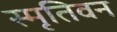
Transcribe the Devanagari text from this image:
स्मृतिवन